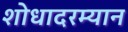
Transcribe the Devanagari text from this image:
शोधादरम्यान